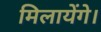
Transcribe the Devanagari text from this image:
मिलायेंगे।